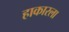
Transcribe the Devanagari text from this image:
हाकारला